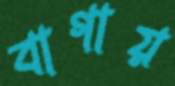
বাগায়